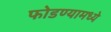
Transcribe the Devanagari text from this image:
फोडण्यामध्ये